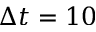
\Delta t = 1 0